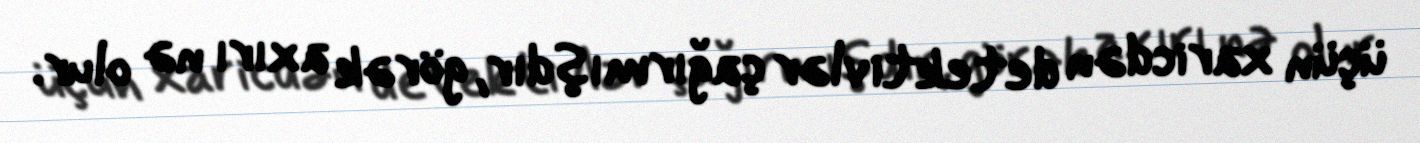
üçün xaricdən detektivlər çağırmışdır, görək axırı nə olur.